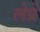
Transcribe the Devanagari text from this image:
लेप्रे